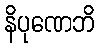
နိပုဏေဘိ